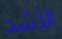
الأشد